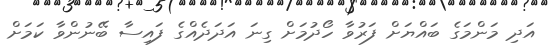
އަދި މަންމަގެ ބައްޔަށް ފަރުވާ ހޯދުމަށް ގިނަ އަދަދެއްގެ ފައިސާ ބޭނުންވާ ކަމަށް